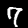
Label: 7